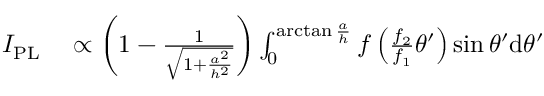
\begin{array} { r l } { I _ { \mathrm { P L } } } & { { } \propto \left( 1 - \frac { 1 } { \sqrt { 1 + \frac { a ^ { 2 } } { h ^ { 2 } } } } \right) \int _ { 0 } ^ { \arctan { \frac { a } { h } } } f \left( \frac { f _ { 2 } } { f _ { 1 } } \theta ^ { \prime } \right) \sin \theta ^ { \prime } \mathrm { d } \theta ^ { \prime } } \end{array}